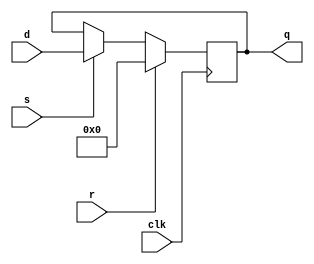
// Problem 3.7 from Verilog Digital System Design, 2nd ed, Navabi
// Solution Copyright (C) 2016 Toby Thain, toby@telegraphics.com.au

module Pr3_7_Register (input [7:0] d, input s, r, clk, output [7:0] q);
  reg [7:0] state;
  always @ (posedge clk)  state = r ? 8'b0 : (s ? d : state);
  assign q = state;
endmodule